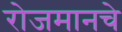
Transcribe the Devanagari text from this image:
रोजमानचे